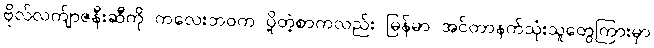
ဗိုလ်လက်ျာဇနီးဆီကို ကလေးဘဝက ပို့တဲ့စာကလည်း မြန်မာ အင်တာနက်သုံးသူတွေကြားမှာ